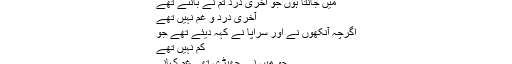
ابھی نہ جاﺅ
میں جانتا ہوں جو آخری درد تم نے بانٹے تھے
آخری درد و غم نہیں تھے
اگرچہ آنکھوں نے اور سراپا نے کہہ دیئے تھے جو
کم نہیں تھے
جو میں نے چھیڑی تھی غم کہانی
ابھی ادھوری تھی میرے جانی!